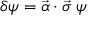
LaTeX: \delta \psi = \vec { \alpha } \cdot \vec { \sigma } \; \psi